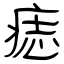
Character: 痣